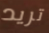
تريد